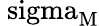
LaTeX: \mathrm{\ sigma_{M}}